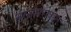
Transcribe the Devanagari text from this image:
नरसंहाराबद्दल